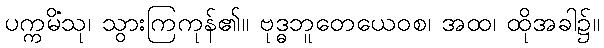
ပက္ကမိံသု၊ သွားကြကုန်၏။ ဗုဒ္ဓဘူတေယေဝစ၊ အထ၊ ထိုအခါ၌။